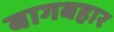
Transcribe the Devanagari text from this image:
बागबहार